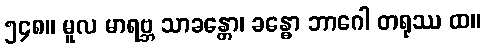
၅၄၈။ မူလ မာရဗ္ဘ သာခန္တော၊ ခန္ဓော ဘာဂေါ တရုဿ ထ။